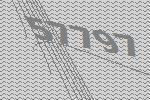
57797